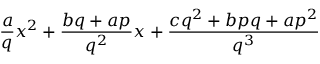
{ \frac { a } { q } } x ^ { 2 } + { \frac { b q + a p } { q ^ { 2 } } } x + { \frac { c q ^ { 2 } + b p q + a p ^ { 2 } } { q ^ { 3 } } }